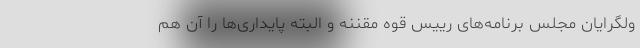
ولگرایان مجلس برنامه‌های رییس قوه مقننه و البته پایداری‌ها را آن هم